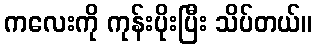
ကလေးကို ကုန်းပိုးပြီး သိပ်တယ်။